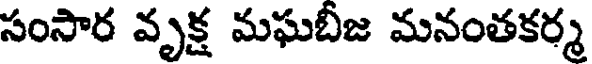
సంసార వృక్ష మఘబీజ మనంతకర్మ